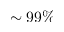
\sim 9 9 \%